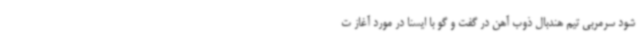
شود سرمربی تیم هندبال ذوب آهن در گفت و گو با ایسنا در مورد آغاز ت